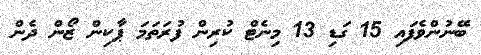
ބޭނުންވެފައި 15 ގަޑި 13 މިނެޓް ކުރިން ފުރަތަމަ ޕާކިން ޒޯން ދެން